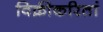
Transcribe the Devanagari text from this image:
विक्रीकरितां